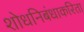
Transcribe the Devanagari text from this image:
शोधनिबंधाकरिता